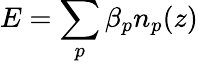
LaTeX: E=\sum_{p}\beta_{p}n_{p}(z)